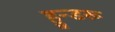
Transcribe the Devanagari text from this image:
हुन्डरू